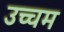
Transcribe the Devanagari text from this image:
उच्चम